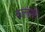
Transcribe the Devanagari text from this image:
कलांतही